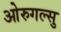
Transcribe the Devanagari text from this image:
ओरुगल्सु